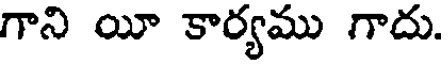
గాని యీ కార్యము గాదు.